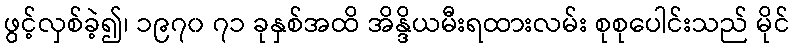
ဖွင့်လှစ်ခဲ့၍၊ ၁၉၇၀ ၇၁ ခုနှစ်အထိ အိန္ဒိယမီးရထားလမ်း စုစုပေါင်းသည် မိုင်